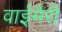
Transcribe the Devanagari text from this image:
वाईमैरी